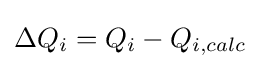
\Delta Q_{i}=Q_{i}-Q_{i,calc}